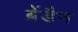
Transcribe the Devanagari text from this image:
ब्रेंडैन